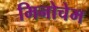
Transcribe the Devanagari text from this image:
मिनोचेम